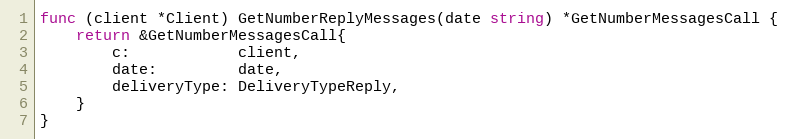
Language: Go
func (client *Client) GetNumberReplyMessages(date string) *GetNumberMessagesCall {
	return &GetNumberMessagesCall{
		c:            client,
		date:         date,
		deliveryType: DeliveryTypeReply,
	}
}